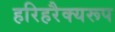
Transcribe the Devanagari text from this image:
हरिहरैक्यरूप